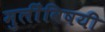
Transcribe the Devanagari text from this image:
मुलींविषयी